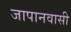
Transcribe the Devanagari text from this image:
जापानवासी